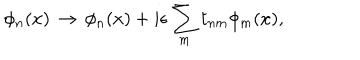
LaTeX: \phi _ { n } ( x ) \, \rightarrow \, \phi _ { n } ( x ) + i \epsilon \sum _ { m } t _ { n m } \phi _ { m } ( x ) ,